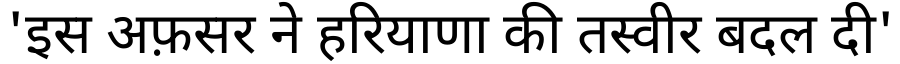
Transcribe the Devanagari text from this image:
'इस अफ़सर ने हरियाणा की तस्वीर बदल दी'